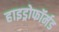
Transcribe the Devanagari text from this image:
हाइड्रोफॉर्मड